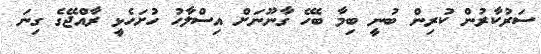
ސަރުކާރުން ކުރިން ބުނީ ބިމާ ބެހޭ ގާނޫނަށް އިސްލާހު ހުށަހެޅީ ރާއްޖޭގެ ގިނަ